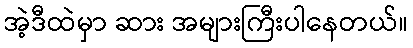
အဲ့ဒီထဲမှာ ဆား အများကြီးပါနေတယ်။